Vaccination in Bombay 1913-1923 - 1913-1923
Year: 1913
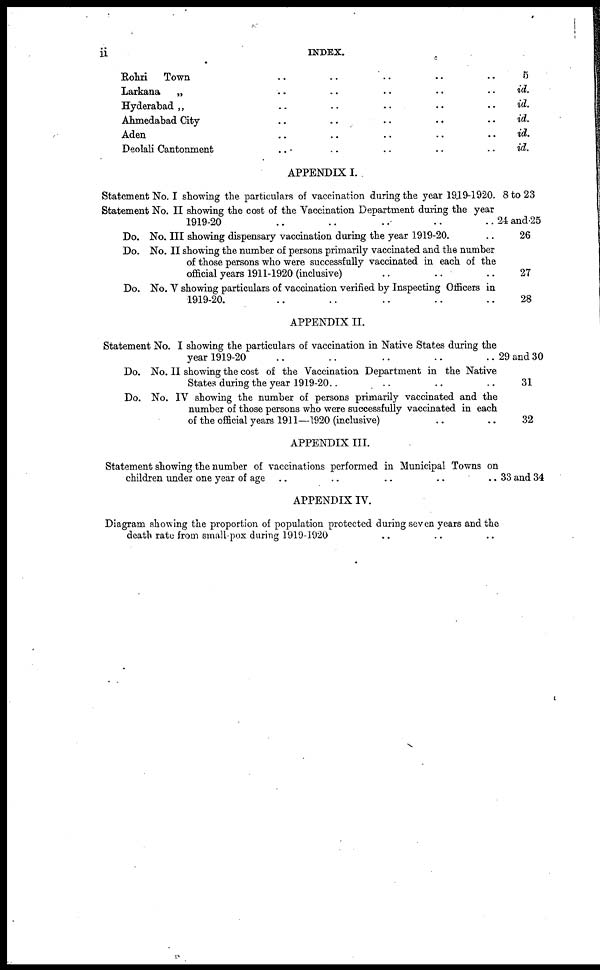
ii
INDEX.
Kohri
Town .. .. .. .. ..
Larkana
„ .. .. .. .. ..
Hyderabad „ .. .. .. .. ..
Ahmedabad City .. .. .. .. ..
Aden .. .. .. .. ..
Deolali Cantonment .. .. .. .. ..
APPENDIX I.
Statement No. I showing the particulars of vaccination during the year 1919-1920.
Statement No. II showing the cost of the Vaccination Department during the year
1919-20
..
.. .. .. ..
Do. No. III showing dispensary vaccination during the year 1919-20. ..
Do. No. II showing the number of persons primarily vaccinated and the number
of those persons who were successfully vaccinated in each of the
official years 1911-1920 (inclusive)
.. .. ..
Do. No. V showing particulars of vaccination verified by Inspecting Officers in
1919-20. .. .. .. .. ..
APPENDIX H.
Statement No. I showing the particulars of vaccination in Native States during the
year 1919-20 .. .. .. .. ..
Do. No. II showing the cost of the Vaccination Department in the Native
States during the year 1919-20..
.. .. ..
Do. No. IV showing the number of persons primarily vaccinated and the
number of those persons who were successfully vaccinated in each
of the official years 1911—1920 (inclusive) .. ..
APPENDIX III.
Statement showing the number of vaccinations performed in Municipal Towns on
children under one year of age .. .. .. .. ..
APPENDIX IV.
Diagram showing the proportion of population protected during seven years and the
death rate from small-pox during 1919-1920 .. .. ..
5
id.
id.
id.
id.
id.
8 to 23
24 and 25
26
27
28
29 and 30
31
32
33 and 34